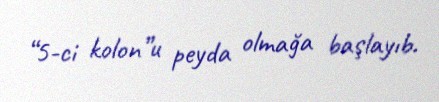
“5-ci kolon”u peyda olmağa başlayıb.